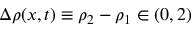
\Delta \rho ( x , t ) \equiv \rho _ { 2 } - \rho _ { 1 } \in ( 0 , 2 )